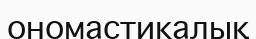
ономастикалық